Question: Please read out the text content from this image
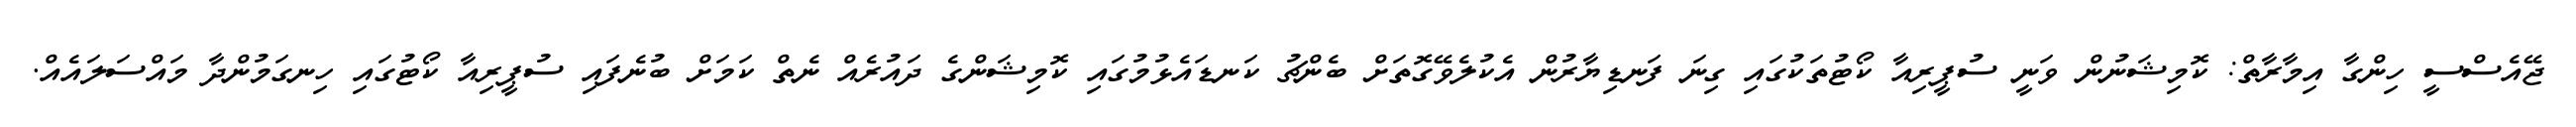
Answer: ޖޭއެސްސީ ހިންގާ އިމާރާތް: ކޮމިޝަނުން ވަނީ ސުޕީރިއާ ކޯޓުތަކުގައި ގިނަ ފަނޑިޔާރުން އެކުލެވޭގޮތަށް ބެންޗު ކަނޑައެޅުމުގައި ކޮމިޝަންގެ ދައުރެއް ނެތް ކަމަށް ބުނެފައި ސުޕީރިއާ ކޯޓުގައި ހިނގަމުންދާ މައްސަލައެއް.